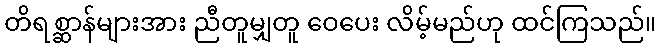
တိရစ္ဆာန်များအား ညီတူမျှတူ ဝေပေး လိမ့်မည်ဟု ထင်ကြသည်။